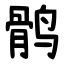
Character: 鹘